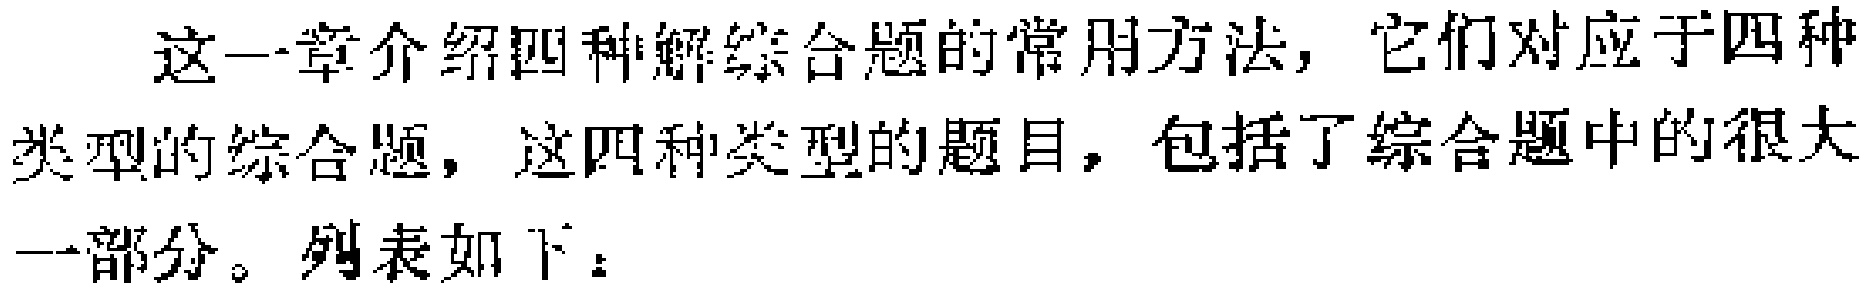
这一章介绍四种解综合题的常用方法，它们对应于四种类型的综合题，这四种类型的题目，包括了综合题中的很大一部分。列表如下：